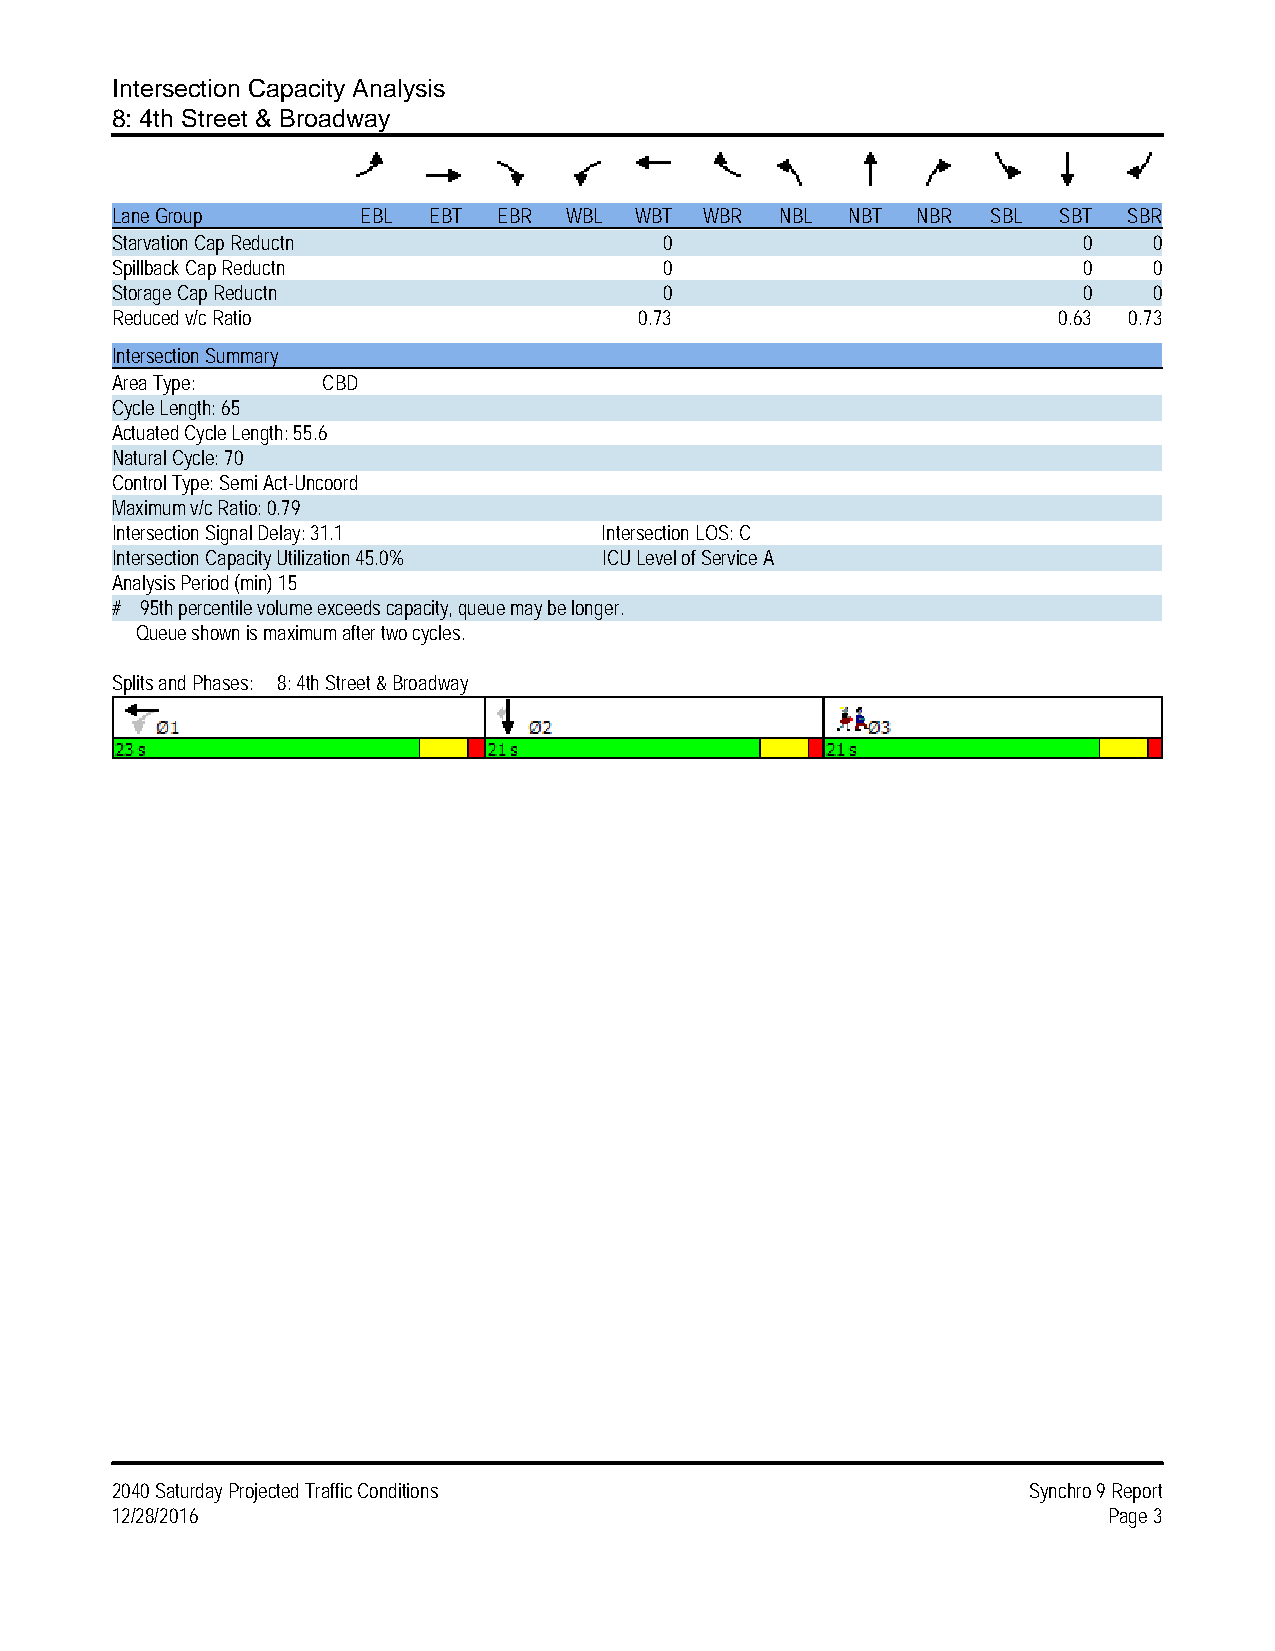
Intersection Capacity Analysis
 8: 4th Street & Broadway
 Lane Group       EBL EBT  EBR WBL  WBT  WBR  NBL NBT  NBR  SBL SBT  SBR
 Starvation Cap Reductn               0                           0   0
 Spillback Cap Reductn                0                           0   0
 Storage Cap Reductn                  0                           0   0
 Reduced v/c Ratio                  0.73                        0.63 0.73
 Intersection Summary
 Area Type:    CBD
 Cycle Length: 65
 Actuated Cycle Length: 55.6
 Natural Cycle: 70
 Control Type: Semi Act-Uncoord
 Maximum v/c Ratio: 0.79
 Intersection Signal Delay: 31.1  Intersection LOS: C
 Intersection Capacity Utilization 45.0% ICU Level of Service A
 Analysis Period (min) 15
 # 95th percentile volume exceeds capacity, queue may be longer.
 Queue shown is maximum after two cycles.
 Splits and Phases: 8: 4th Street & Broadway
 2040 Saturday Projected Traffic Conditions                   Synchro 9 Report
 12/28/2016                                                        Page 3